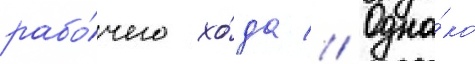
рабо́чего хо́да // Одна́ко